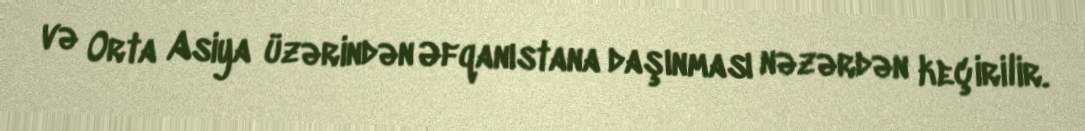
və Orta Asiya üzərindən Əfqanıstana daşınması nəzərdən keçirilir.